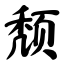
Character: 颓